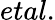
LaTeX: etal.